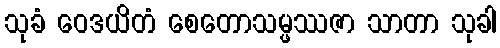
သုခံ ဝေဒယိတံ စေတောသမ္ဖဿဇာ သာတာ သုခါ